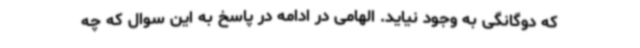
که دوگانگی به وجود نیاید. الهامی در ادامه در پاسخ به این سوال که چه